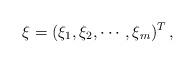
LaTeX: \begin{align*}\xi = (\xi_1, \xi_2, \cdots, \xi_m)^T\,, \end{align*}